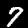
Digit: 7